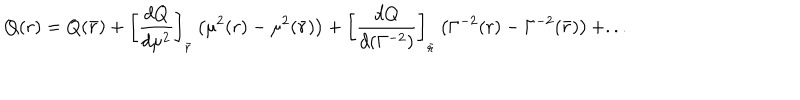
Q ( r ) = Q ( \bar { r } ) + \left[ { \frac { d Q } { d \mu ^ { 2 } } } \right] _ { \bar { r } } \left( \mu ^ { 2 } ( r ) - \mu ^ { 2 } ( \bar { r } ) \right) + \left[ { \frac { d Q } { d ( \Gamma ^ { - 2 } ) } } \right] _ { \bar { r } } \left( \Gamma ^ { - 2 } ( r ) - \Gamma ^ { - 2 } ( \bar { r } ) \right) + . . .